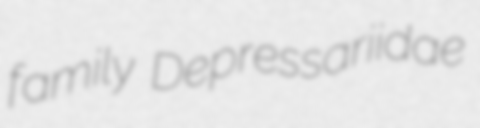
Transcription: family Depressariidae